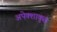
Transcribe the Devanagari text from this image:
अपेक्शाकृत